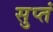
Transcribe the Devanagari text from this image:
सुप्तं